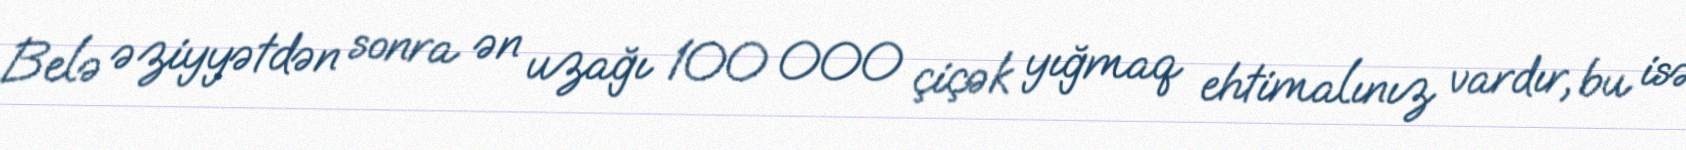
Belə əziyyətdən sonra ən uzağı 100 000 çiçək yığmaq ehtimalınız vardır, bu isə